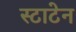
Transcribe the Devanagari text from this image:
स्टाटेन